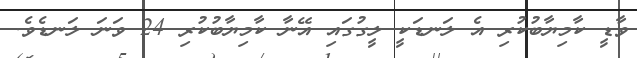
ވާޑީ ކާމިޔާބުކުރި އެ ލަނޑަކީ ލީގުގައި އޭނާ ކާމިޔާބުކުރި 24 ވަނަ ލަނޑެވެ.